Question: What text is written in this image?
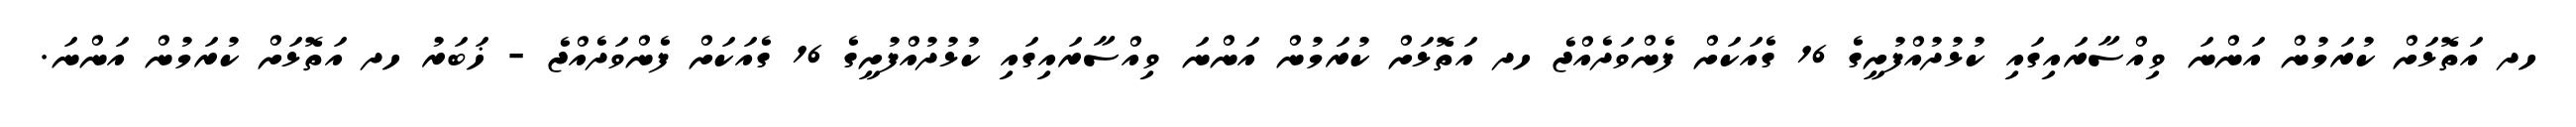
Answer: ހދ އަތޮޅަށް ކުރަމުން އަންނަ ވިއްސާރައިގައި ކުޅުދުއްފުށީގެ 16 ގެއަކަށް ފެންވަދެއްޖެ ހދ އަތޮޅަށް ކުރަމުން އަންނަ ވިއްސާރައިގައި ކުޅުދުއްފުށީގެ 16 ގެއަކަށް ފެންވަދެއްޖެ - ޚަބަރު ހދ އަތޮޅަށް ކުރަމުން އަންނަ.